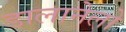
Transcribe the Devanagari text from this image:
डालानेलो